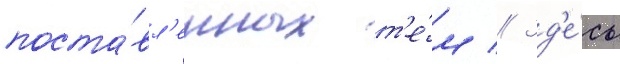
поста́вл'енных т'е́м // Зд'е́сь